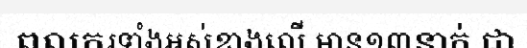
ពលករទាំងអស់ខាងលើ មាន១៣នាក់ ជា